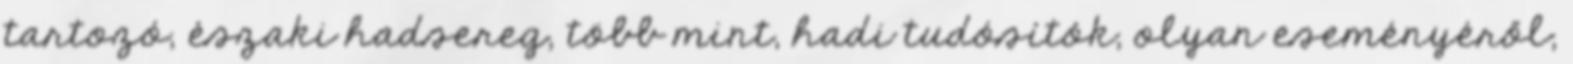
tartozó, északi hadsereg, több mint, hadi tudósítók, olyan eseményéről,